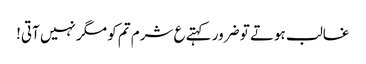
غالب ہوتے تو ضرور کہتے ع شرم تم کو مگر نہیں آتی!